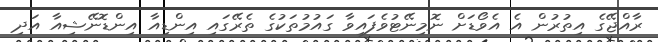
ރާއްޖޭގެ އިތުރުން އެ އެވޯޑަށް ނޮމިނޭޓުވެފައިވާ ގައުމުތަކުގެ ތެރޭގައި އިންޑިއާ އިންޑޮނޭޝިއާ އަދި